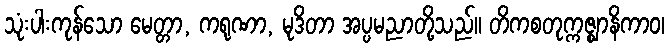
သုံးပါးကုန်သော မေတ္တာ, ကရုဏာ, မုဒိတာ အပ္ပမညာတို့သည်။ တိကစတုက္ကဇ္ဈာနိကာဝ၊